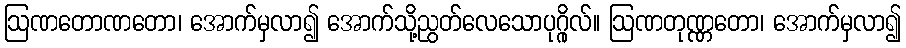
ဩဏတောဏတော၊ အောက်မှလာ၍ အောက်သို့ညွတ်လေသောပုဂ္ဂိုလ်။ ဩဏတုဏ္ဏတော၊ အောက်မှလာ၍